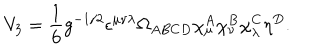
V _ { 3 } = \frac { 1 } { 6 } g ^ { - 1 / 2 } \epsilon ^ { \mu \nu \lambda } \Omega _ { A B C D } \chi _ { \mu } ^ { A } \chi _ { \nu } ^ { B } \chi _ { \lambda } ^ { C } \eta ^ { D } . \nonumber